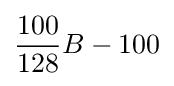
{\frac {100}{128}}B-100